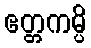
ဧတ္တကမ္ပိ